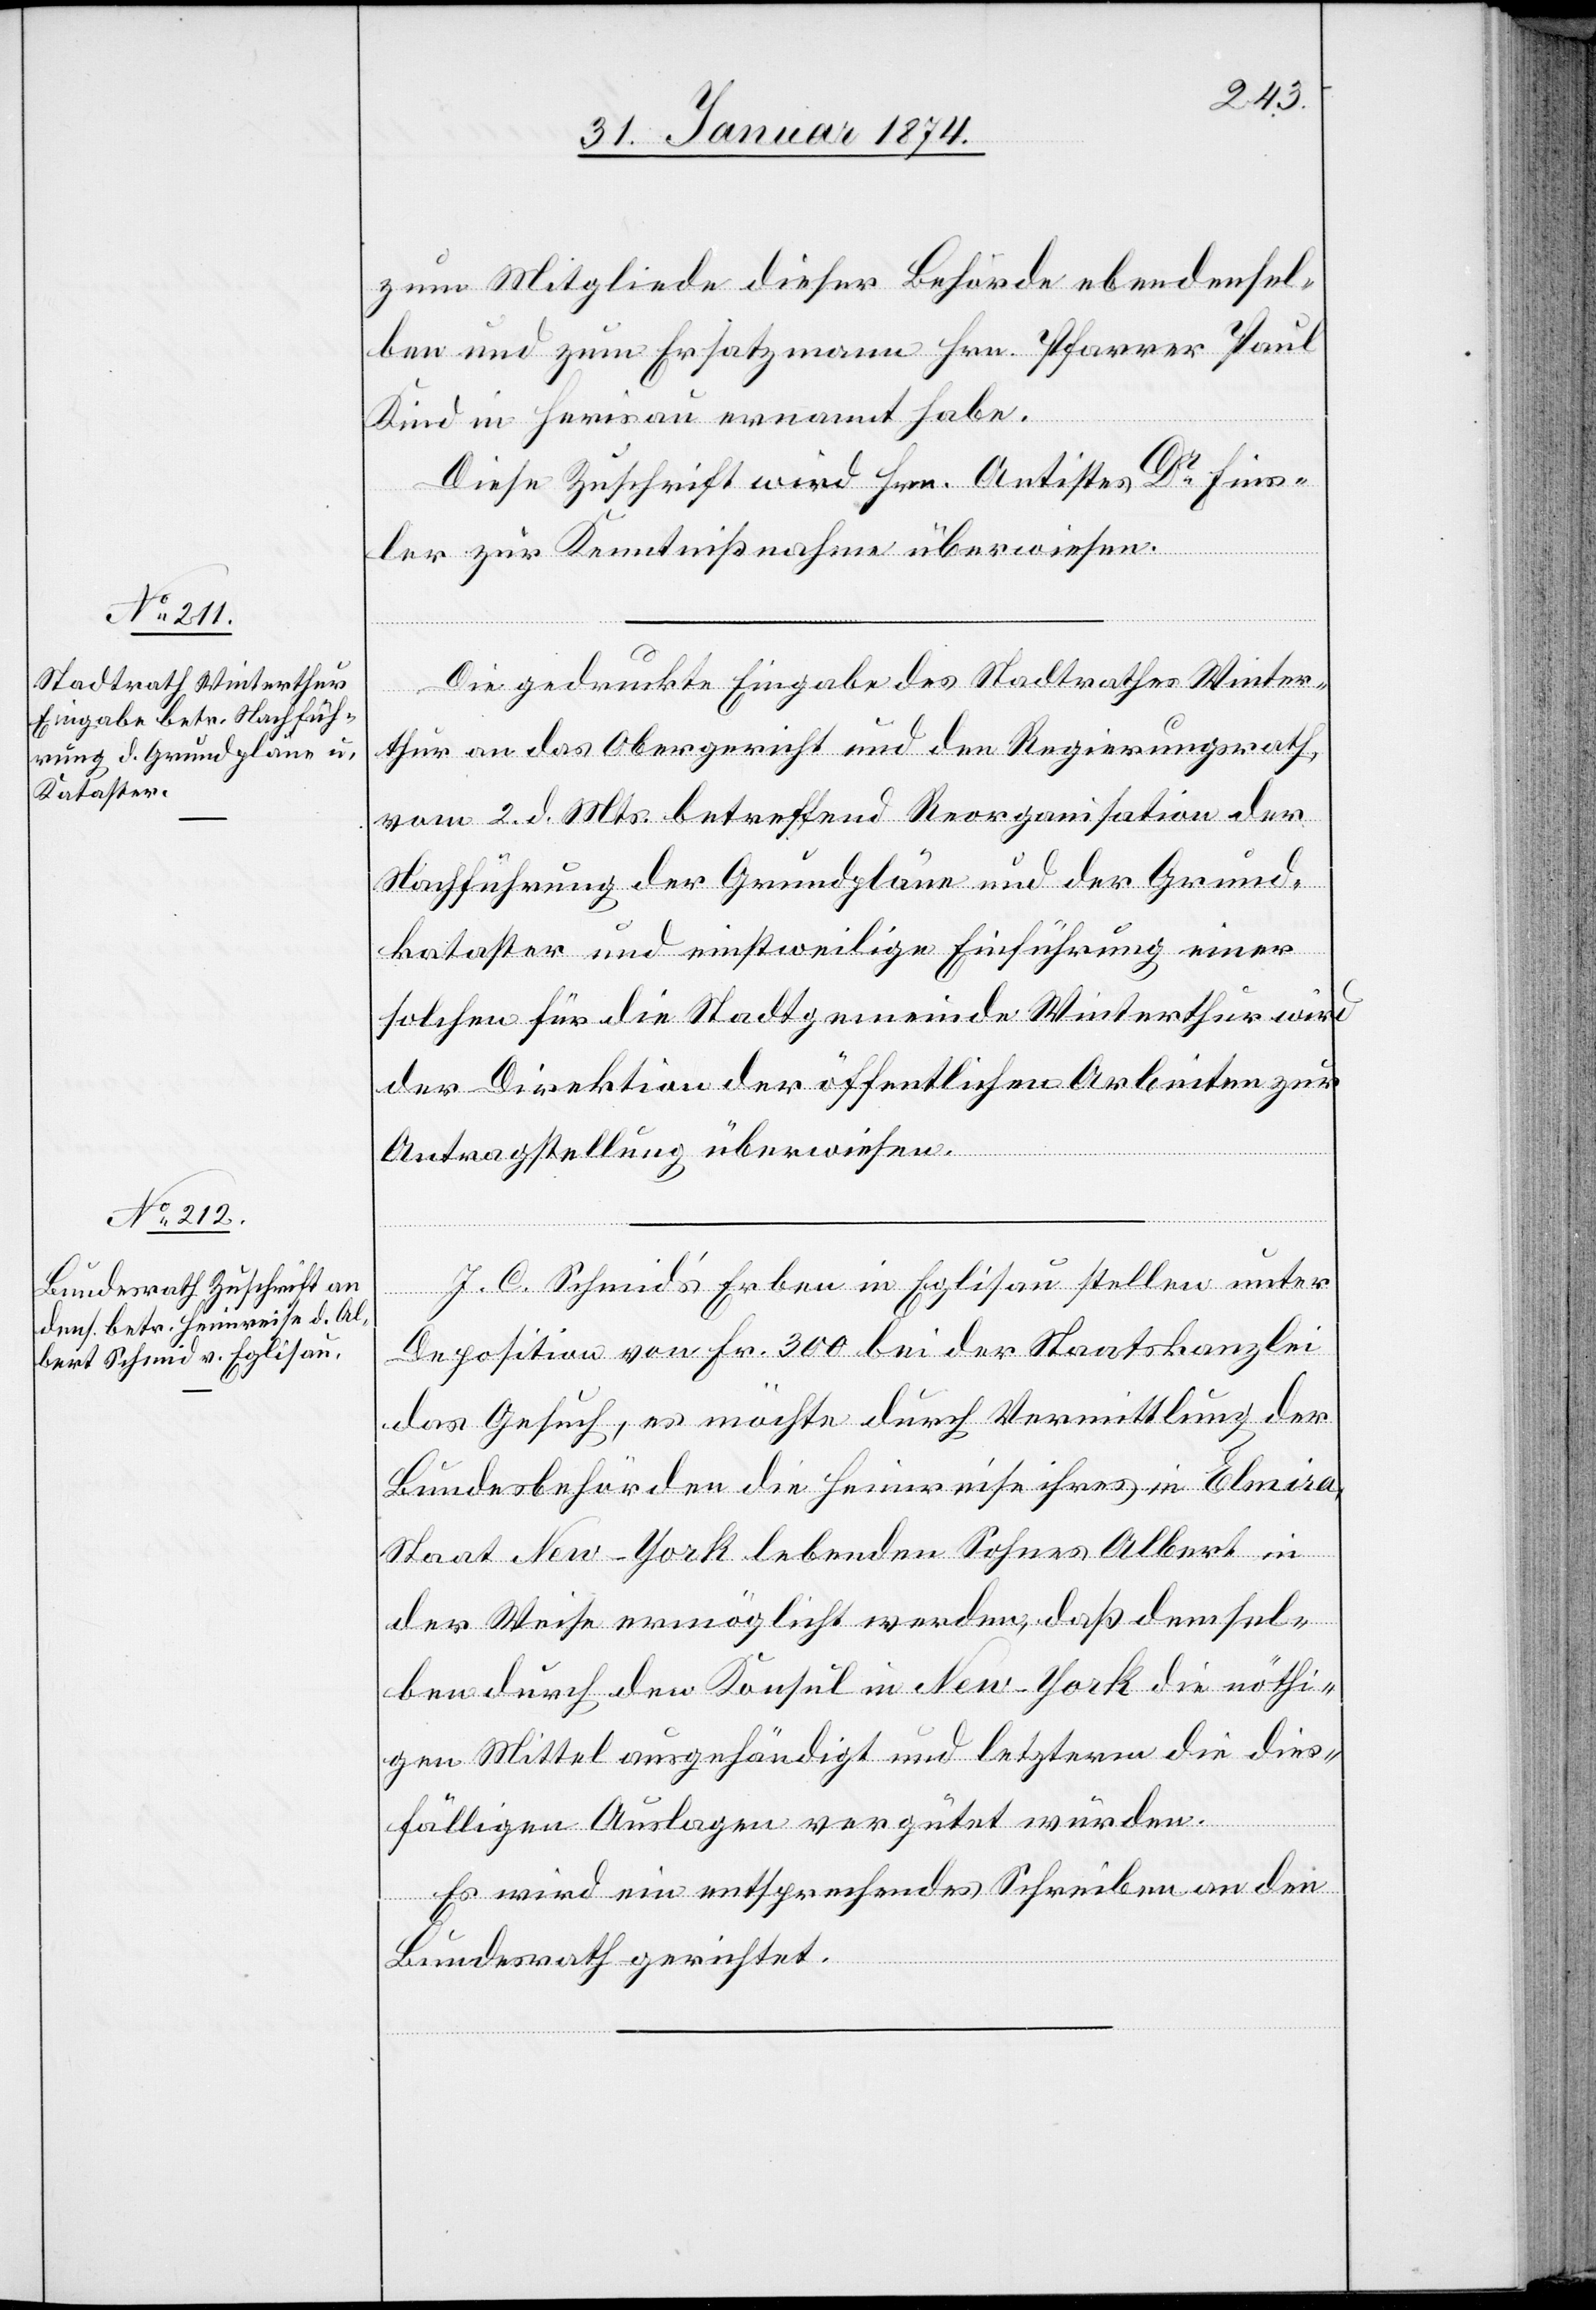
zum Mitgliede dieser Behörde ebendensel¬
ben und zum Ersatzmann Hrn. Pfarrer Paul
Kind in Herisau ernannt habe.
Diese Zuschrift wird Hrn. Antistes Dr Fins¬
ler zur Kenntnißnahme überwiesen.
Die gedruckte Eingabe des Stadtrathes Winter¬
thur an das Obergericht und den Regierungsrath,
vom 2. d. Mts. betreffend Reorganisation der
Nachführung der Grundpläne und der Grund¬
kataster und einstweilige Einführung einer
solchen für die Stadtgemeinde Winterthur wird
der Direktion der öffentlichen Arbeiten zur
Antragstellung überwiesen.
J. C. Schmid’s Erben in Eglisau stellen unter
Deposition von Fr. 300 bei der Staatskanzlei
das Gesuch, es möchte durch Vermittlung der
Bundesbehörden die Heimreise ihres in Elmira,
Staat New-York lebenden Sohnes Albert in
der Weise ermöglicht werden, daß demsel¬
ben durch den Konsul in New-York die nöthi¬
gen Mittel ausgehändigt und letzterm die dies¬
fälligen Auslagen vergütet würden.
Es wird ein entsprechendes Schreiben an den
Bundesrath gerichtet.